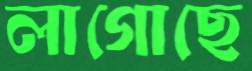
লাগোছে